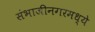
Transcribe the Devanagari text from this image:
संभाजीनगरमध्ये